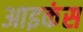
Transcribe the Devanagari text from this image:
आइकंस